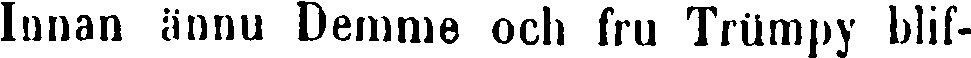
Innan ännu Demme och fru Trümpy blif-